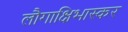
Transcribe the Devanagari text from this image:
लौगाक्षिभास्कर